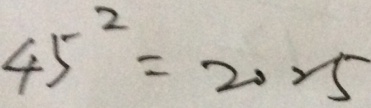
4 5 ^ { 2 } = 2 0 2 5